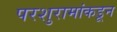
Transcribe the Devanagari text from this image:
परशुरामांकडून